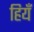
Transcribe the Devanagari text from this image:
हियँ